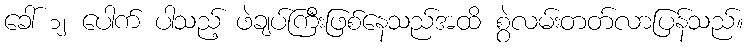
ခေါ် ၁၂ ပေါက် ပါသည့် ဖဲချပ်ကြီးဖြစ်နေသည်အထိ စွဲလမ်းတတ်လာပြန်သည်။